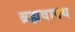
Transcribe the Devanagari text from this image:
ब्रह्मवाक्‍य